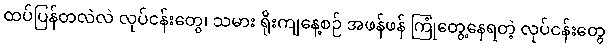
ထပ်ပြန်တလဲလဲ လုပ်ငန်းတွေ၊ သမား ရိုးကျနေ့စဉ် အဖန်ဖန် ကြုံတွေ့နေရတဲ့ လုပ်ငန်းတွေ